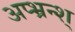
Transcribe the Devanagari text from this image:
अप्भ्रन्श्